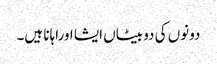
دونوں کی دو بیٹاں ایشا اوراہانا ہیں۔